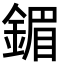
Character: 鎇